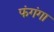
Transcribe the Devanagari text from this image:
फंगंगा